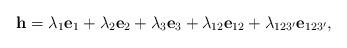
LaTeX: \begin{align*}\mathbf{h}=\lambda_{1}\mathbf{e}_1+\lambda_{2}\mathbf{e}_2+\lambda_{3}\mathbf{e}_3+\lambda_{12}\mathbf{e}_{12}+\lambda_{123'}\mathbf{e}_{123'},\end{align*}